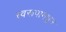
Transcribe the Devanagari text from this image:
स्वरूपामधून